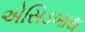
એસિડબાથ